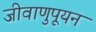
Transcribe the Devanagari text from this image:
जीवाणुपूयन